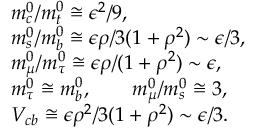
\begin{array} { l } { { m _ { c } ^ { 0 } / m _ { t } ^ { 0 } \cong \epsilon ^ { 2 } / 9 , } } \\ { { m _ { s } ^ { 0 } / m _ { b } ^ { 0 } \cong \epsilon \rho / 3 ( 1 + \rho ^ { 2 } ) \sim \epsilon / 3 , } } \\ { { m _ { \mu } ^ { 0 } / m _ { \tau } ^ { 0 } \cong \epsilon \rho / ( 1 + \rho ^ { 2 } ) \sim \epsilon , } } \\ { { m _ { \tau } ^ { 0 } \cong m _ { b } ^ { 0 } , \qquad m _ { \mu } ^ { 0 } / m _ { s } ^ { 0 } \cong 3 , } } \\ { { V _ { c b } \cong \epsilon \rho ^ { 2 } / 3 ( 1 + \rho ^ { 2 } ) \sim \epsilon / 3 . } } \end{array}